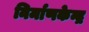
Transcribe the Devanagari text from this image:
निर्माणकेन्द्र